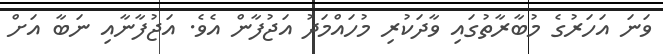
ވަނަ އަހަރުގެ މުބާރާތުގައި ވާދަކުރި މުހައްމަދު އަޖުފާން އެވެ. އަޖުފާނާއި ނަބާ އަށް